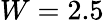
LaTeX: W=2.5